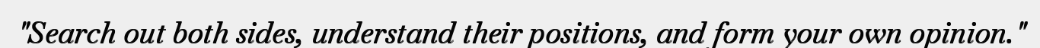
"Search out both sides, understand their positions, and form your own opinion."